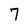
Character: 7